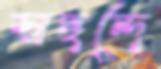
স্বছন্দে